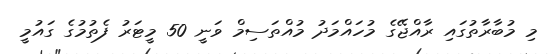
މި މުބާރާތުގައި ރާއްޖޭގެ މުހައްމަދު މުއްތަސިމް ވަނީ 50 މީޓަރު ފެތުމުގެ ގައުމީ